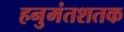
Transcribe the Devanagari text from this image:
हनुमंतशतक